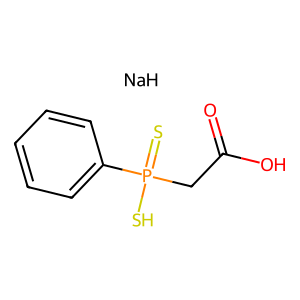
SMILES: O=C(O)CP(=S)(S)c1ccccc1.[NaH]
Inhibits HIV replication: No